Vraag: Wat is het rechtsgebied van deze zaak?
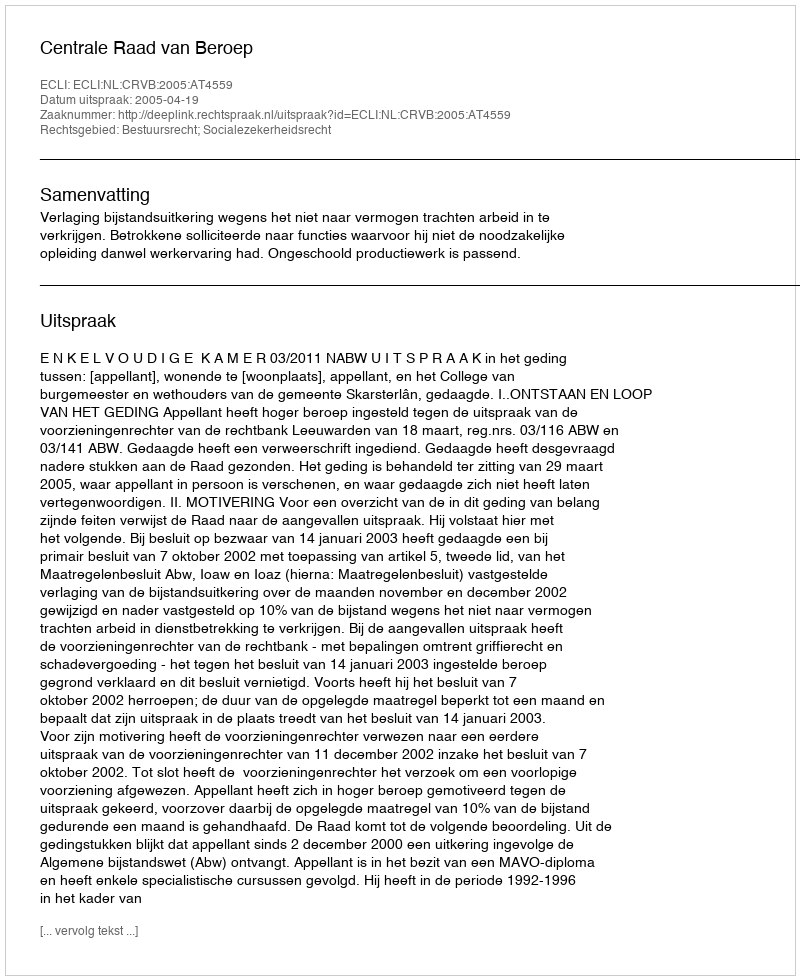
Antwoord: Bestuursrecht; Socialezekerheidsrecht